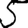
Digit: 5